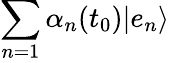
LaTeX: \sum_{n=1}\alpha_{n}(t_{0})|e_{n}\rangle